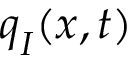
\boldsymbol { q } _ { I } ( \boldsymbol { x } , t )